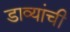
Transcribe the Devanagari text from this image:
डाव्यांची